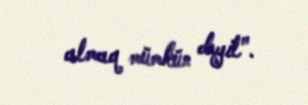
almaq mümkün deyil".